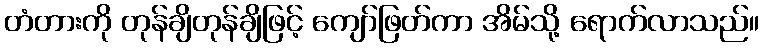
တံတားကို တုန်ချိတုန်ချိဖြင့် ကျော်ဖြတ်ကာ အိမ်သို့ ရောက်လာသည်။